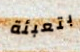
بتعبئة